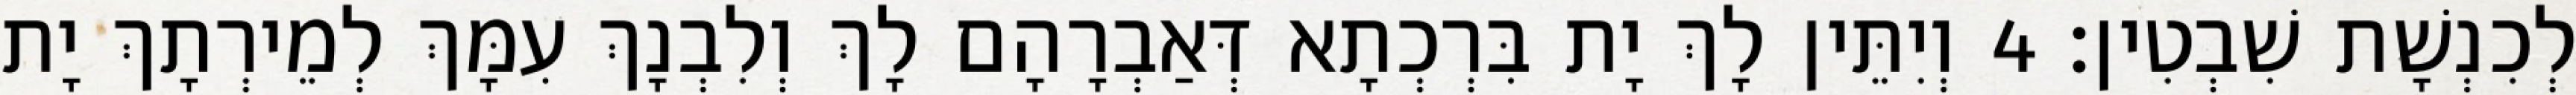
לְכִנְשָׁת שִׁבְטִין׃ 4 וְיִתֵּין לָךְ יָת בִּרְכְתָא דְּאַבְרָהָם לָךְ וְלִבְנָךְ עִמָּךְ לְמֵירְתָךְ יָת